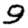
Digit: 9